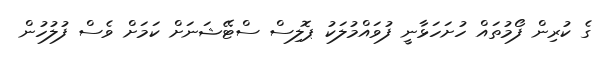
ގެ ކުރިން ފޯމުތައް ހުށަހަޅާނީ ފުވައްމުލަކު ޕޮލިސް ސްޓޭޝަނަށް ކަމަށް ވެސް ފުލުހުން